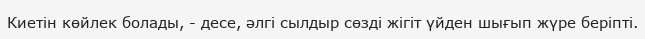
Киетін көйлек болады, - десе, әлгі сылдыр сөзді жігіт үйден шығып жүре беріпті.